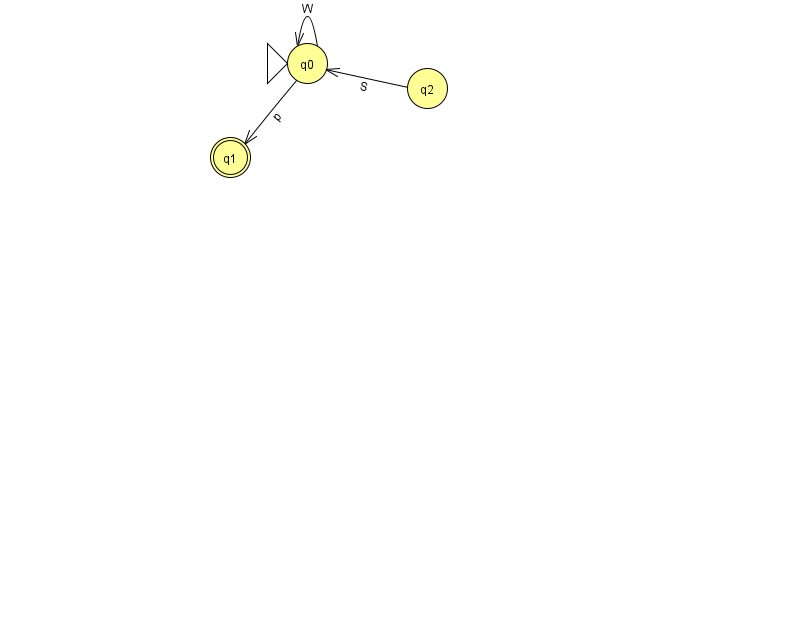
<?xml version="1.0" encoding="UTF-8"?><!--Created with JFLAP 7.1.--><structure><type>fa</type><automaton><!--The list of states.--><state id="0" name="q0"><x>307.0</x><y>50.0</y><initial/></state><state id="1" name="q1"><x>230.0</x><y>144.0</y><final/></state><state id="2" name="q2"><x>427.0</x><y>75.0</y></state><!--The list of transitions.--><transition><from>2</from><to>0</to><read>S</read></transition><transition><from>0</from><to>0</to><read>W</read></transition><transition><from>0</from><to>1</to><read>p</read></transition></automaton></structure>